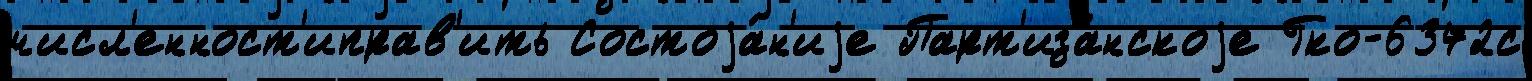
числ'енност'иправ'ить Состоjа́н'иjе Парт'иза́нскоjе Гко-6372с